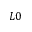
L 0